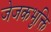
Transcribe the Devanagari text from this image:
जेजकभुक्ति